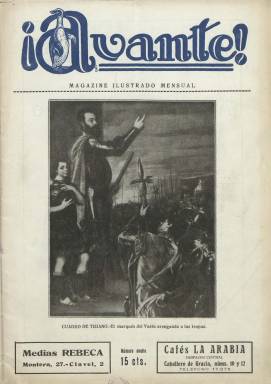
Título: ¡Avante! (Madrid. 1927)
Colección: Revistas de información general
Ámbito geográfico: Madrid
Lugar de publicación: Madrid
Fechas: 22/12/1927-22/10/1928

Con el subtítulo “magazine ilustrado”, es decir, revista ilustrada y de contenidos variados, se publica el tercer jueves de cada mes, a partir del 22 de diciembre de 1927. Su director es Antonio Gómez Pavón, que después será director-técnico; y redactor jefe, José Valdés Vivas, que después será director-gerente. Como secretario de redacción aparece indicado Eduardo de Fontcuberta, quien también es el responsable de la sección dedicada a la crónica teatral. Las entregas son de una treintena de páginas, con cubiertas en papel cuché, estampadas en la madrileña Imprenta Sáez Hermanos, que usa sólo la tinta en color para la cabecera. Se estructura en diversas secciones e inserta numerosos fotograbados, algunas caricaturas de León Bosqued, y anuncios publicitarios.

Cada cubierta es ocupada enteramente por una ilustración, a veces con la reproducción de alguna obra artística. Entre sus secciones se encuentran Vida madrileña, firmada con el seudónimo Chisperín; Literatura, con algún texto de Azorín; Arte e historia, como es el estado de las obras de la catedral madrileña de La Almudena; Escenarios y noticias teatrales, firmada por el citado Fontcuberta; tiene páginas dedicadas al cine (En la pantalla) y a la programación de las estaciones de radio; ofrece Información gráfica de Madrid, de provincias y del extranjero; tiene también secciones dedicadas a la mujer (Feminismo y Modas), una Página infantil, así como secciones de Toros, firmada por Pepe Clares; Deportes, por Ramón Valdés, de Turismo y de Finanzas, firmada esta por Leopoldo Guerra.

Otras firmas que aparecen en sus páginas son las Ramón Gómez de la Serna, Manuel F. Lasso de la Vega, Joaquín Tello, Juan Villaseñor, Mecedes López Vilches, María Rita Cambronero de Lossada o Matilde Ribot de Montenegro.

La colección de esta revista mensual en la Biblioteca Nacional la forman sólo su primera entrega y la número 11, correspondiente al 22 de octubre de 1928, pero estuvo publicándose al menos hasta el número 15, del 22 de febrero de 1929, por lo que apenas superó un año de existencia.